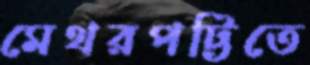
মেথরপট্টিতে